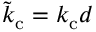
\tilde { k } _ { \mathrm { c } } = k _ { \mathrm { c } } d